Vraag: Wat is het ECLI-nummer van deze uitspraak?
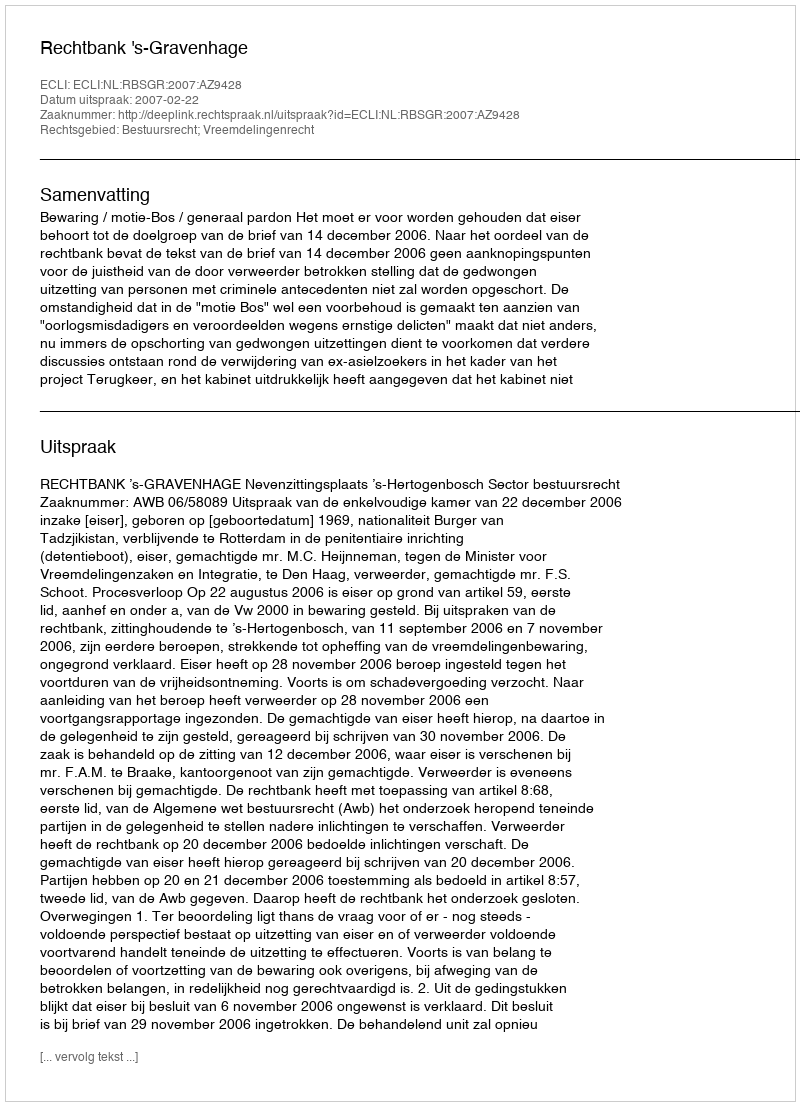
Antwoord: ECLI:NL:RBSGR:2007:AZ9428